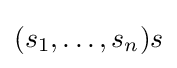
(s_{1},\dots ,s_{n})s